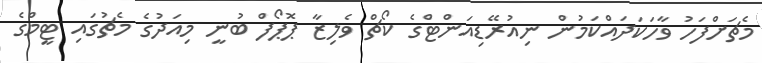
މެޗަށްފަހު ވާހަކަދައްކަމުން ނިއުރޭޑިއަންޓްގެ ކޯޗް ވެލިޒާ ޕޮޕޯފް ބުނީ މިއަދުގެ މެޗުގައި ޓީމްގެ